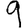
Digit: 9